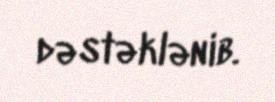
dəstəklənib.